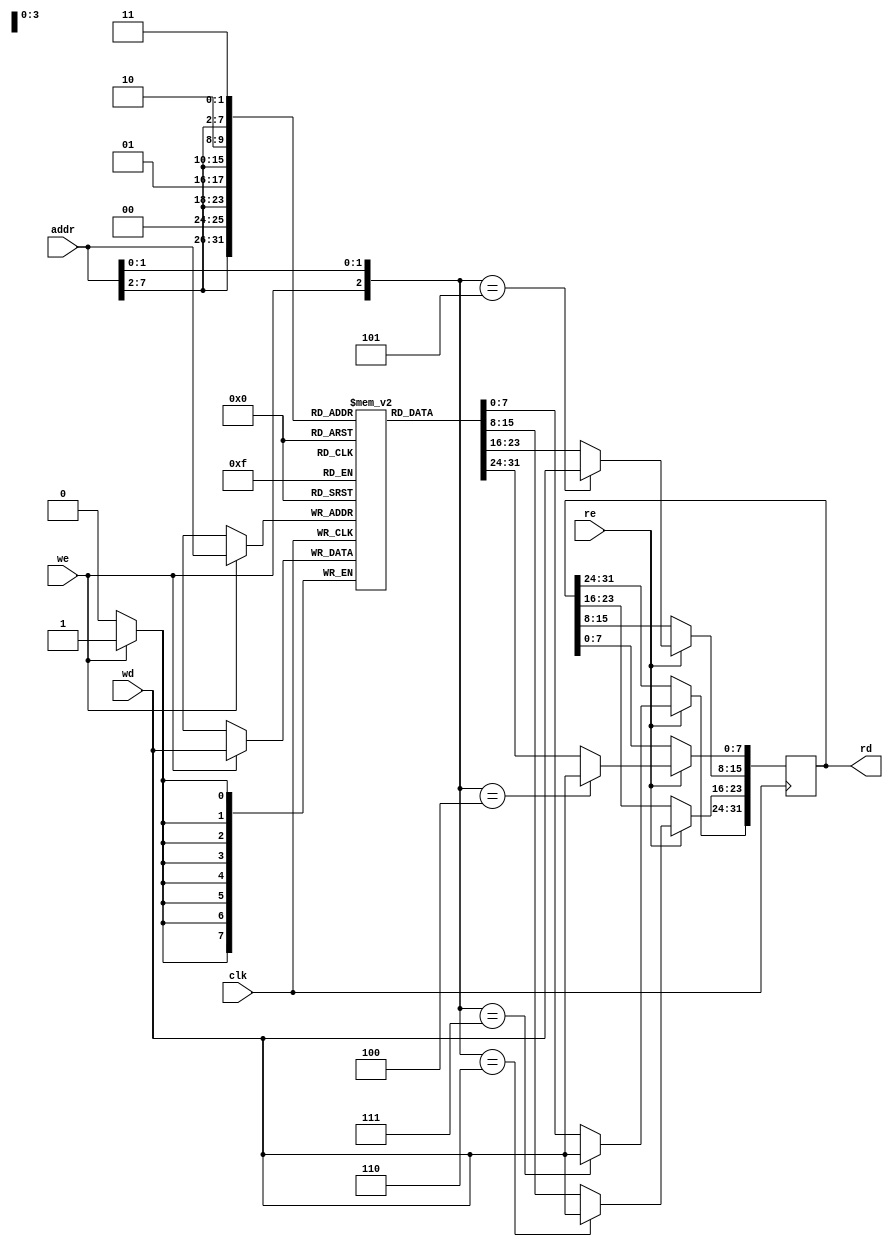
module top(
	input [7:0] addr,
	input [7:0] wd,
	input we,
	input re,
	input clk,
	output reg [31:0] rd
);

reg [7:0] mem[0:255];

always @(posedge clk) begin
	if (we)
		mem[addr] <= wd;
	if (re) begin
		rd[7:0] <= mem[{addr[7:2], 2'b00}];
		rd[15:8] <= mem[{addr[7:2], 2'b01}];
		rd[23:16] <= mem[{addr[7:2], 2'b10}];
		rd[31:24] <= mem[{addr[7:2], 2'b11}];
		case ({we, addr[1:0]})
		3'b100: rd[7:0] <= wd;
		3'b101: rd[15:8] <= wd;
		3'b110: rd[23:16] <= wd;
		3'b111: rd[31:24] <= wd;
		endcase
	end
end

endmodule